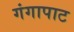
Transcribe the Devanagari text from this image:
गंगापाट